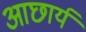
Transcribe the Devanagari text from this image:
आछार्य